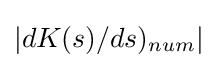
|dK(s)/ds)_{num}|